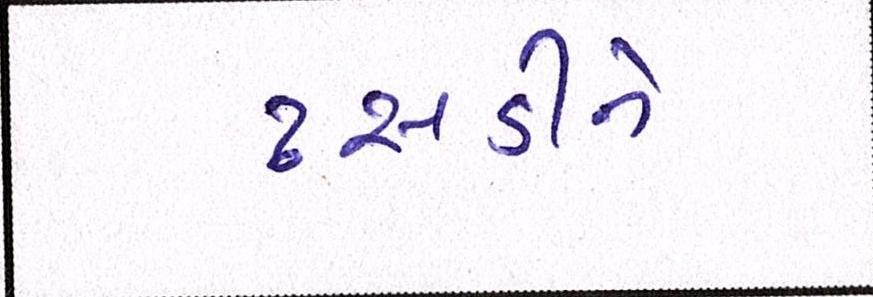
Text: ઢસડીને